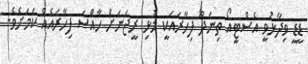
ޑީޑީ ވިދާޅުވީ އެސްޓީއޯ ތިނަދޫ ފިހާރައަކީ މުޅި ރީޖަނަށް ހާއްސަ ފިހާރައެއް ކަމަށެވެ.